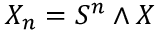
X _ { n } = S ^ { n } \wedge X